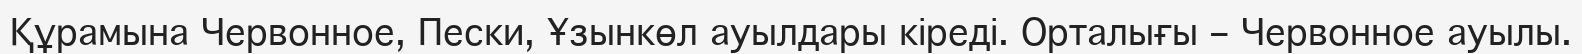
Құрамына Червонное, Пески, Ұзынкөл ауылдары кіреді. Орталығы – Червонное ауылы.